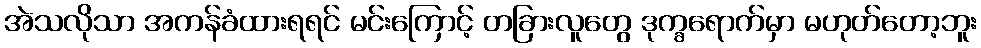
အဲသလိုသာ အကန်ခံထားရရင် မင်းကြောင့် တခြားလူတွေ ဒုက္ခရောက်မှာ မဟုတ်တော့ဘူး